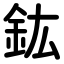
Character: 鈜